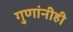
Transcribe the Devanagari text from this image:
गुणांनीही